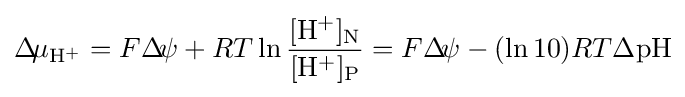
\Delta \!\mu _{\mathrm {H} ^{+}}=F\Delta \!\psi +RT\ln {\frac {[\mathrm {H} ^{+}]_{\text{N}}}{[\mathrm {H} ^{+}]_{\text{P}}}}=F\Delta \!\psi -(\ln 10)RT\Delta \mathrm {pH}